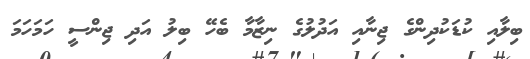
ބިލާއި ކުޑަކުދިންގެ ޖިނާއި އަދުލުގެ ނިޒާމާ ބެހޭ ބިލު އަދި ޖިންސީ ހަމަހަމަ